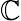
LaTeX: \mathbb{C}